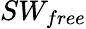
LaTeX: SW_{free}